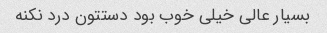
بسیار عالی خیلی خوب بود دستتون درد نکنه